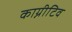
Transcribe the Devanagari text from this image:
काग्नीटिव